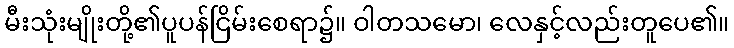
မီးသုံးမျိုးတို့၏ပူပန်ငြိမ်းစေရာ၌။ ဝါတသမော၊ လေနှင့်လည်းတူပေ၏။